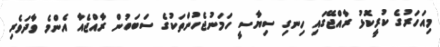
މިއަހަރުގެ ކުރީކޮޅު ރާއްޖޭގައި ހިނގި ސިޔާސީ ހަމަނުޖެހުންތަކުގެ ސަބަބުން ރާއްޖެއާ އެންމެ ވާދަވެރި